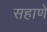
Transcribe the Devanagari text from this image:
सहाणे